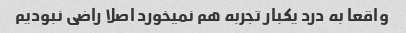
واقعا به درد یکبار تجربه هم نمیخورد اصلا راضی نبودیم